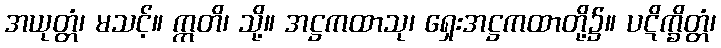
အယုတ္တံ၊ မသင့်။ ဣတိ၊ သို့။ အဋ္ဌကထာသု၊ ရှေးအဋ္ဌကထာတို့၌။ ပဋိက္ခိတ္တံ၊